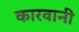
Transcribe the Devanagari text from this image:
कारवानी